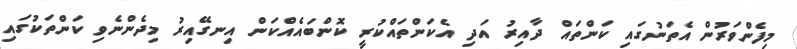
މިފެންވަރުން އެތަނުގައި ކަންތައް ދާއިރު އަދި އެކަންތައްކުރީ ކޮންބައެއްކަން އިނގޭއިރު މިދެންނެވި ކަންތަކުގައި